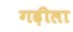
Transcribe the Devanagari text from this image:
गढ़ीला